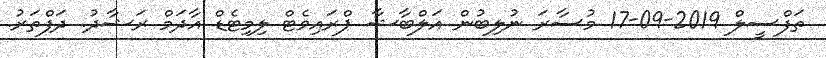
ތަފްސީލް 2019-09-17 މުސާރަ ނުލިބުން އަލްބާޝާ ޕްރައިވެޓް ލިމިޓެޑް އާދަމް ރަޝާދު. ދަފްތަރު.